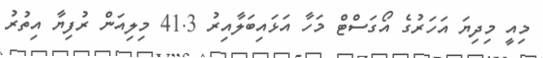
މިއީ މިދިޔަ އަހަރުގެ އޯގަސްޓް މަހާ އަޅައިބަލާއިރު 41.3 މިލިއަން ރުފިޔާ އިތުރު